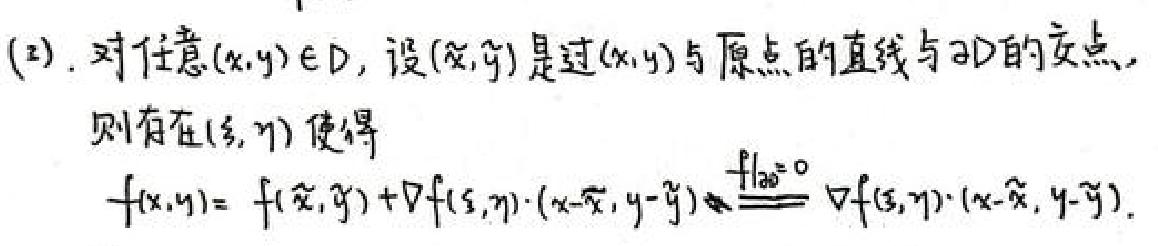
(2). 对任意$(x,y)\in D$，设$(\widetilde{x},\widetilde{y})$是过$(x,y)$与原点的直线与$\partial D$的交点，则存在$(\xi,\eta)$使得$f(x,y)=f(\widetilde{x},\widetilde{y})+\nabla f(\xi,\eta)\cdot(x - \widetilde{x},y - \widetilde{y})\overset{f|_{\partial D}=0}{=}\nabla f(\xi,\eta)\cdot(x - \widetilde{x},y - \widetilde{y})$ 。